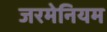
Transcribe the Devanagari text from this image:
जरमेनियम